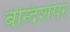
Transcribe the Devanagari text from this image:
बन्दिशपर